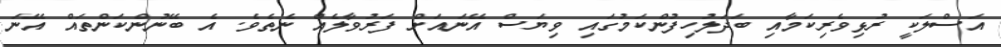
އަސްލަކީ ރުޅިވެރިކަމާއި ބަދަލުހިފުންކަމުގައި ވިޔަސް އޭނައަށް ފަރުވާލެއް ނެތެވެ. އެ ބޭނުންކަންތައް އޭނަ